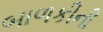
બાળકીની